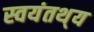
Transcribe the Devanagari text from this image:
स्वयंतथ्‌य